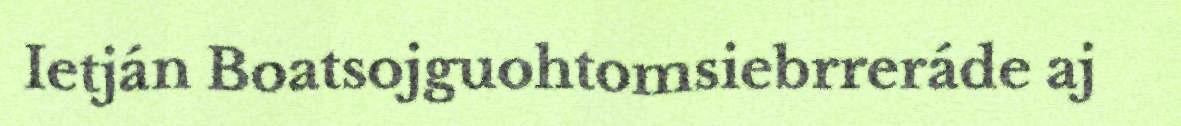
Ietján Boatsojguohtomsiebrreráde aj